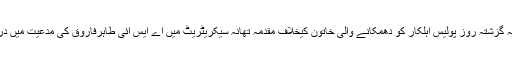
واضح رہے کہ گزشتہ روز پولیس اہلکار کو دھمکانے والی خاتون کیخلاف مقدمہ تھانہ سیکریٹریٹ میں اے ایس آئی طاہرفاروق کی مدعیت میں درج کیا گیا تھا۔